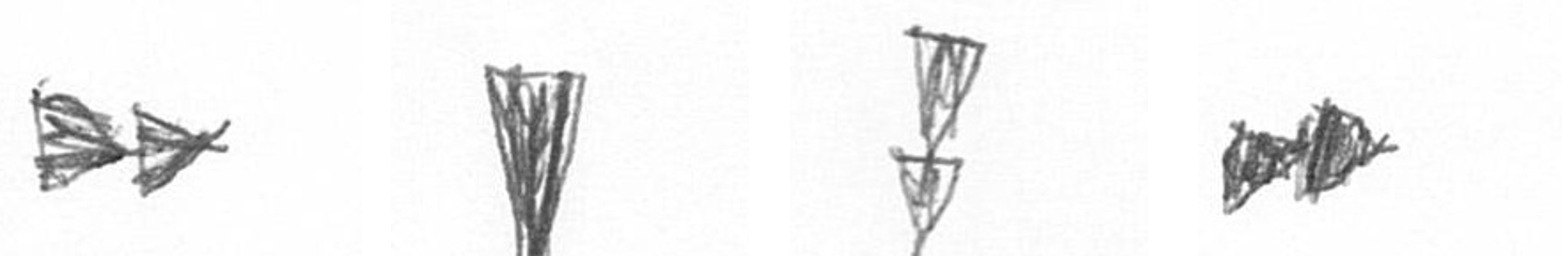
A J Z A